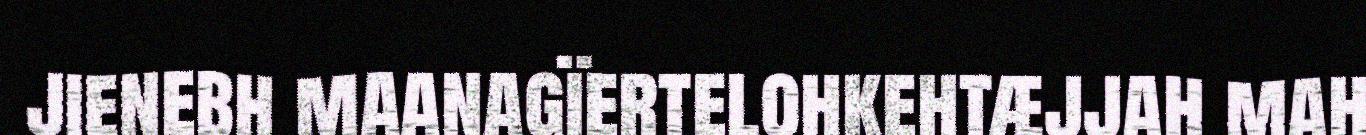
jienebh maanagïertelohkehtæjjah mah